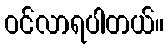
ဝင်လာရပါတယ်။